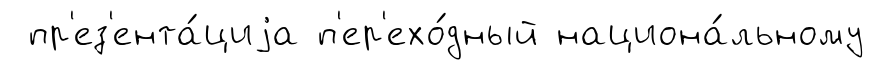
пр'ез'ента́циjа п'ер'ехо́дный национа́льному